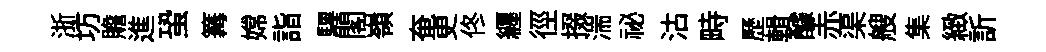
浙坊贍進蛩篝嫦詣驆閣嶺奄更佟纒徑掇湍祕沽畤歷輯醵赤渠艘集緻訢